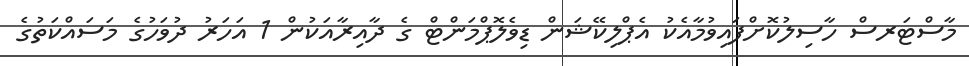
މާސްޓަރސް ހާސިލުކޮށްފައިވުމާއެކު އެޕްލިކޭޝަން ޑިވެލޮޕްމަންޓް ގެ ދާއިރާއަކުން 1 އަހަރު ދުވަހުގެ މަސައްކަތުގެ